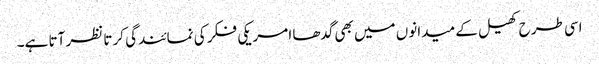
اسی طرح کھیل کے میدانوں میں بھی گدھا امریکی فکر کی نمائندگی کرتا نظر آتا ہے۔